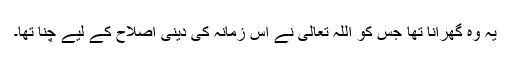
یہ وہ گھرانا تھا جس کو اللہ تعالیٰ نے اس زمانہ کی دینی اصلاح کے لیے چنا تھا۔